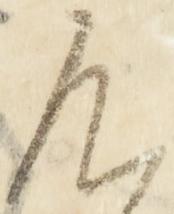
不